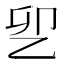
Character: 乮